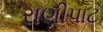
રાણીપાટ